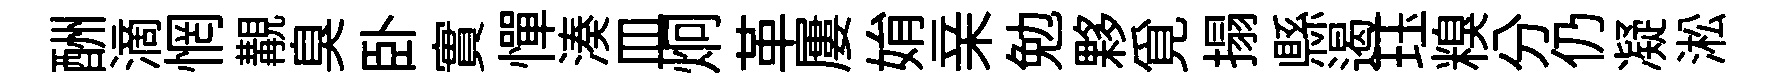
酬滴惘覯臭卧實憚湊皿炯革屢姢亲勉夥覓搨縣遏珏糗分仍凝淞